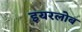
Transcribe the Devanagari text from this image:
इयरलोब